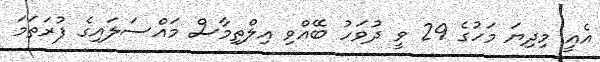
އެއީ މިދިޔަ މަހުގެ 29 ވީ ދުވަހު ބޭއްވި އިލްތިމާސް މައްސަލައިގެ ފުރަތަމަ